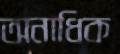
অনাধিক